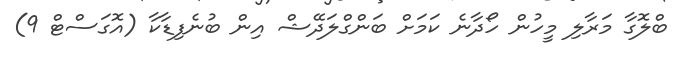
ބްލޮގާ މަރާލި މީހުން ހޯދާނެ ކަމަށް ބަންގްލަދޭޝް އިން ބުނެފިޑާކާ (އޮގަސްޓް 9)